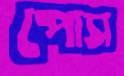
পোস